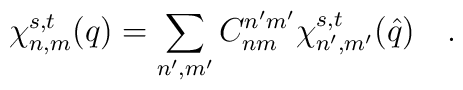
\chi _{n,m}^{s,t}(q)=\sum\limits_{n^{\prime },m^{\prime }}C_{nm}^{n^{\prime}m^{\prime }}\chi _{n^{\prime },m^{\prime }}^{s,t}(\hat{q})\quad .